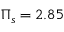
\Pi _ { s } = 2 . 8 5